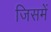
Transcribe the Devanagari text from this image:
जिसमें